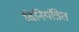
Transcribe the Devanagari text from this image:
विनियंत्रित